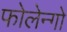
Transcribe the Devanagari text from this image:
फोलेन्गो